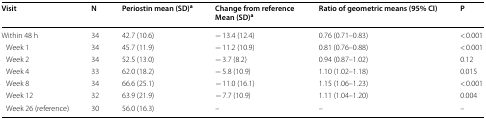
<table><thead><tr><td><b>Visit</b></td><td><b>N</b></td><td><b>Periostin mean (SD)<sup>a</sup></b></td><td><b>Change from referenceMean (SD)<sup>a</sup></b></td><td><b>Ratio of geometric means (95% CI)</b></td><td><b>P</b></td></tr></thead><tbody><tr><td>Within 48 h</td><td>34</td><td>42.7 (10.6)</td><td>− 13.4 (12.4)</td><td>0.76 (0.71–0.83)</td><td>&lt; 0.001</td></tr><tr><td> Week 1</td><td>34</td><td>45.7 (11.9)</td><td>− 11.2 (10.9)</td><td>0.81 (0.76–0.88)</td><td>&lt; 0.001</td></tr><tr><td> Week 2</td><td>34</td><td>52.5 (13.0)</td><td>− 3.7 (8.2)</td><td>0.94 (0.87–1.02)</td><td>0.12</td></tr><tr><td> Week 4</td><td>33</td><td>62.0 (18.2)</td><td>− 5.8 (10.9)</td><td>1.10 (1.02–1.18)</td><td>0.015</td></tr><tr><td> Week 8</td><td>34</td><td>66.6 (25.1)</td><td>− 11.0 (16.1)</td><td>1.15 (1.06–1.23)</td><td>&lt; 0.001</td></tr><tr><td> Week 12</td><td>32</td><td>63.9 (21.9)</td><td>− 7.7 (10.9)</td><td>1.11 (1.04–1.20)</td><td>0.004</td></tr><tr><td> Week 26 (reference)</td><td>30</td><td>56.0 (16.3)</td><td>–</td><td>–</td><td>–</td></tr></tbody></table>